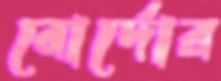
বোর্দোর